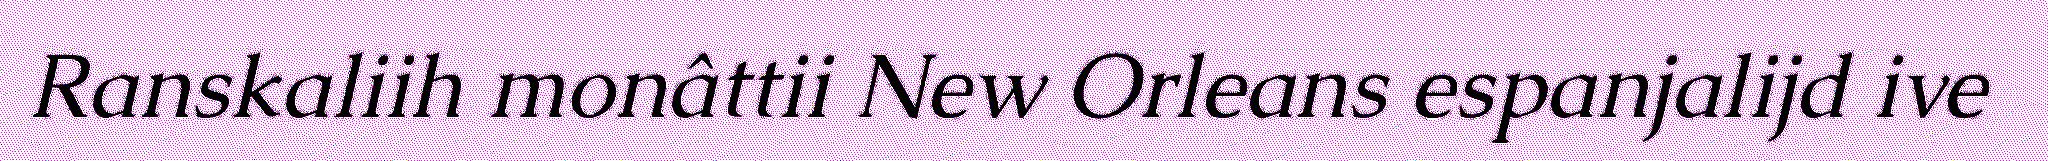
Ranskaliih monâttii New Orleans espanjalijd ive